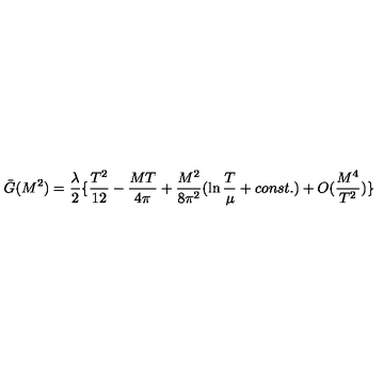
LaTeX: \bar { G } ( M ^ { 2 } ) = { \frac { \lambda } { 2 } } \{ { \frac { T ^ { 2 } } { 1 2 } } - { \frac { M T } { 4 \pi } } + { \frac { M ^ { 2 } } { 8 \pi ^ { 2 } } } ( \ln { \frac { T } { \mu } } + c o n s t . ) + O ( { \frac { M ^ { 4 } } { T ^ { 2 } } } ) \}